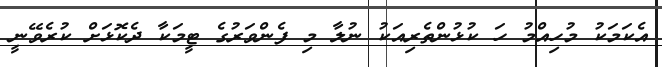
އެކަމަކު މުހިއްމު ހަ ކުޅުންތެރިއަކު ނުލާ މި ފެންވަރުގެ ޓީމަކާ ދެކޮޅަށް ކުރެވޭނީ